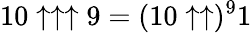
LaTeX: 10\uparrow\uparrow\uparrow 9=(10\uparrow\uparrow)^{9}1